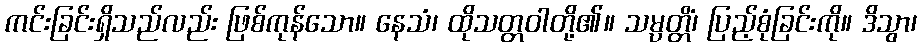
ကင်းခြင်းရှိသည်လည်း ဖြစ်ကုန်သော။ နေသံ၊ ထိုသတ္တဝါတို့၏။ သမ္ပတ္တိံ၊ ပြည့်စုံခြင်းကို။ ဒိသွာ၊